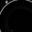
Digit: 8